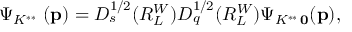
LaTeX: \Psi _ { K ^ { * * } \, { \bf \Delta } } ( { \bf p } ) = D _ { s } ^ { 1 / 2 } ( R _ { L _ { \bf \Delta } } ^ { W } ) D _ { q } ^ { 1 / 2 } ( R _ { L _ { \bf \Delta } } ^ { W } ) \Psi _ { K ^ { * * } \, { \bf 0 } } ( { \bf p } ) ,